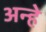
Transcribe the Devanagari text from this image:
अन्हे